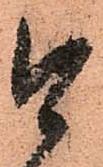
今